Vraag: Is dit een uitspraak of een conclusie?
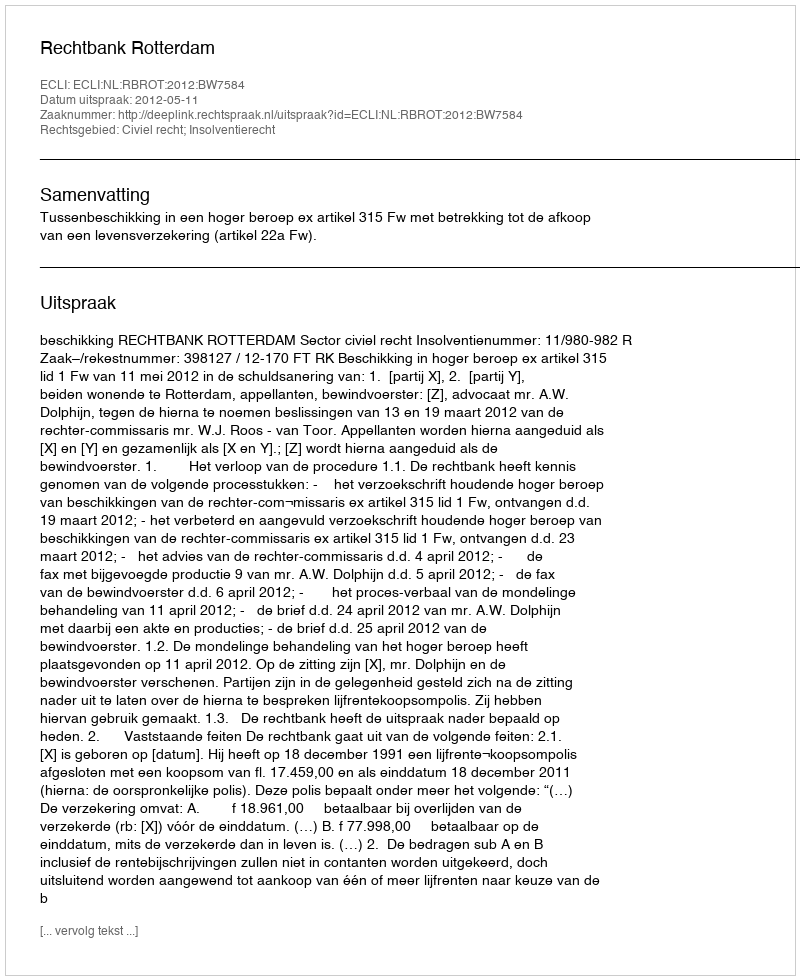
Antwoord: Uitspraak